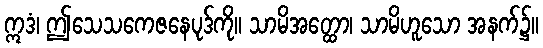
ဣဒံ၊ ဤသေသကေဇနေပုဒ်ကို။ သာမိအတ္ထော၊ သာမိဟူသော အနက်၌။